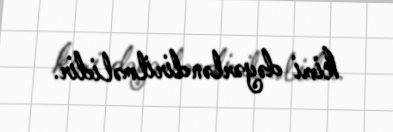
kimi dəyərləndirilməlidir.